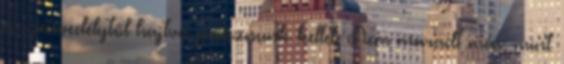
a szenvedélytől hajtva pecáznunk kellet. Nem maradt más, mint